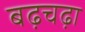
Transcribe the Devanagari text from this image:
बढ़चढ़ा